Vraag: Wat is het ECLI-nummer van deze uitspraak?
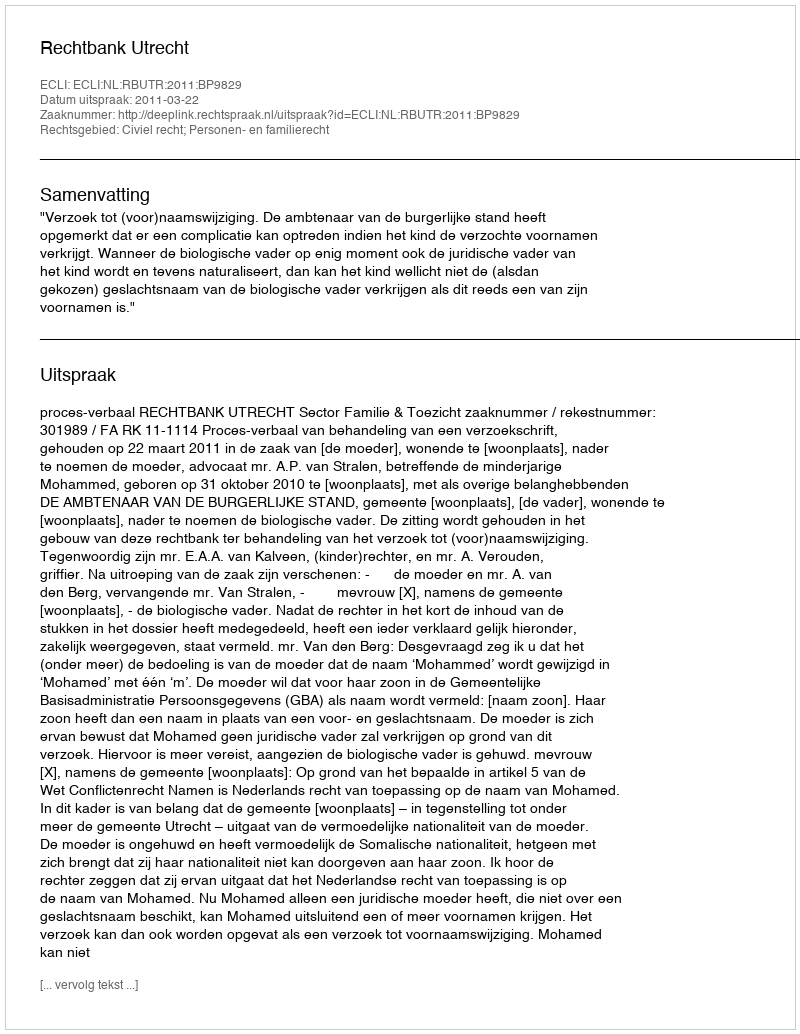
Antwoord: ECLI:NL:RBUTR:2011:BP9829